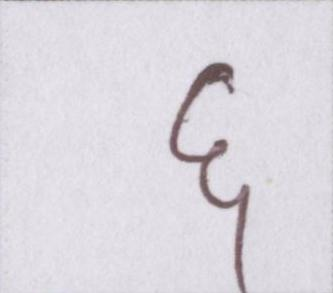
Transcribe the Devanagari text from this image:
६